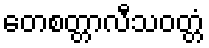
တေစတ္တာလီသဝတ္တံ